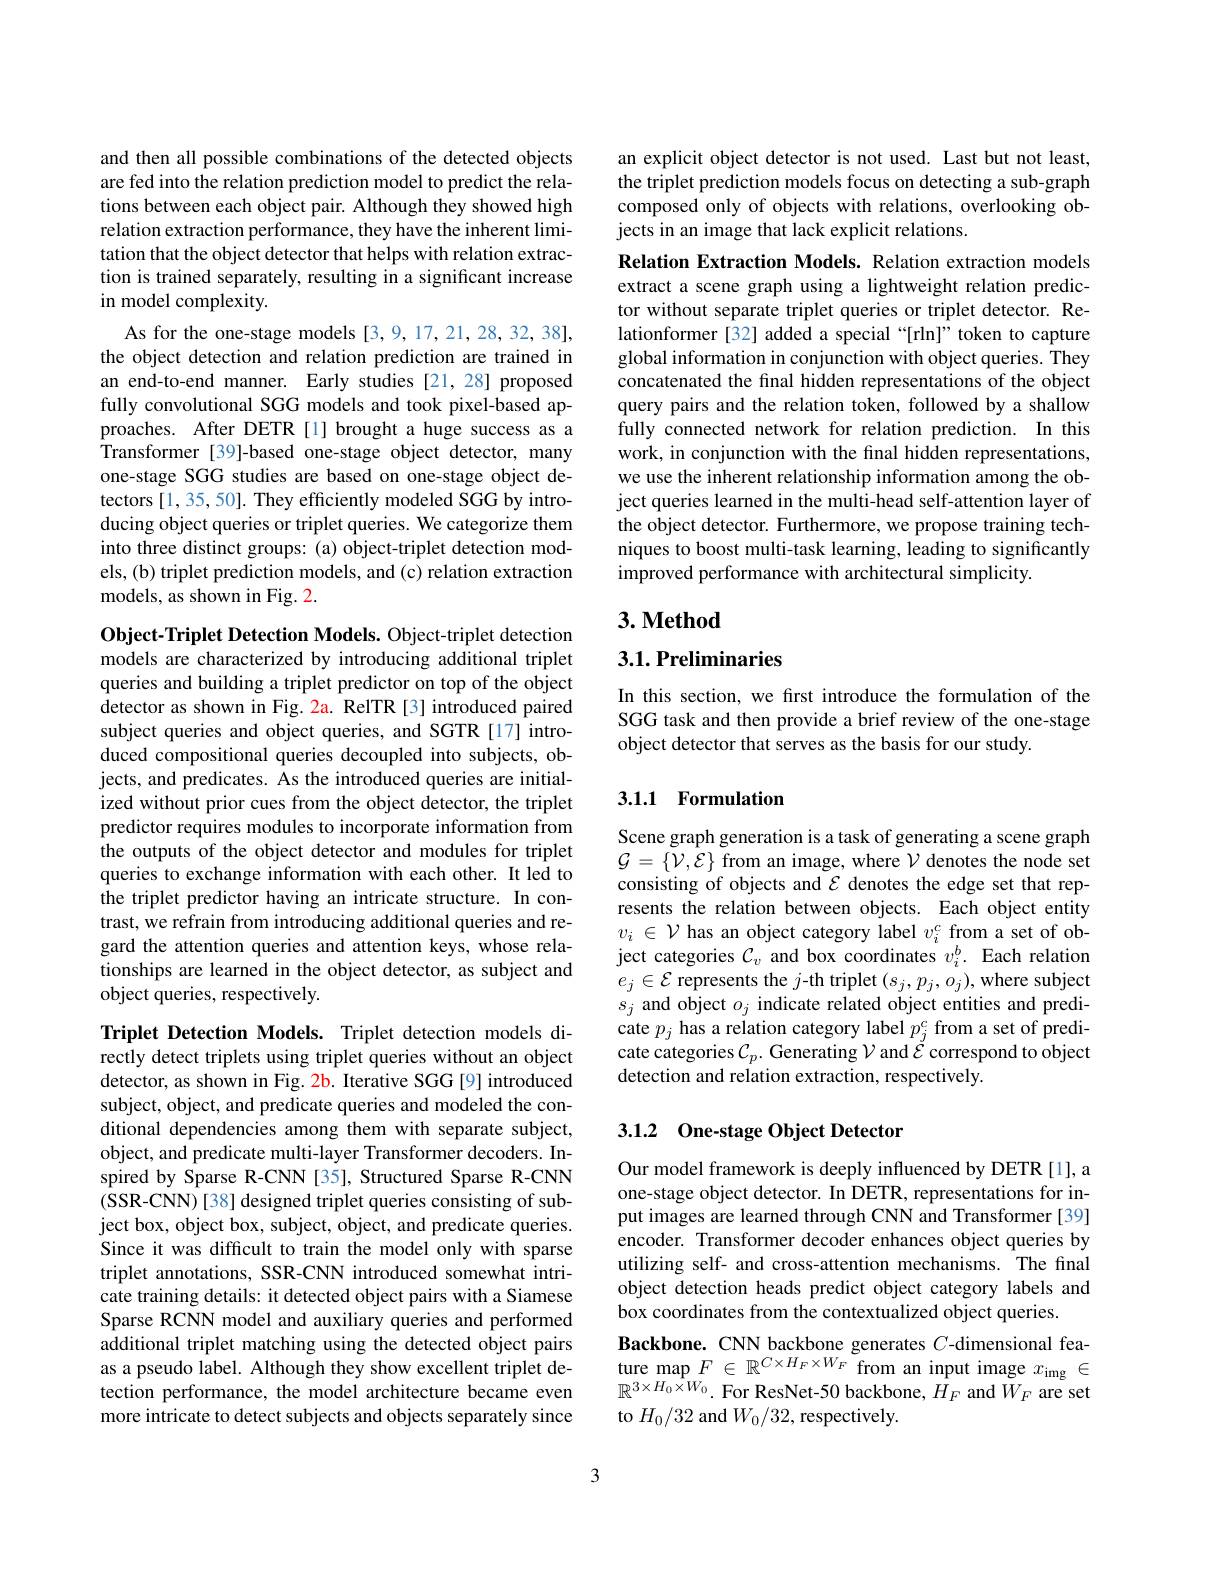
and then all possible combinations of the detected objects are fed into the relation prediction model to predict the relations between each object pair. Although they showed high relation extraction performance, they have the inherent limitation that the object detector that helps with relation extraction is trained separately, resulting in a significant increase in model complexity.
As for the one-stage models [3,9,17,21,28,32,38], the object detection and relation prediction are trained in an end-to-end manner. Early studies [21,28] proposed fully convolutional SGG models and took pixel-based approaches. After DETR [1] brought a huge success as a $\hat{T}$ransformer [ 39] - based one- stage object detector, many one-stage SGG studies are based on one-stage object detectors [1, 35, 50]. They efficiently modeled SGG by introducing object queries or triplet queries. We categorize them into three distinct groups: (a) object-triplet detection models, (b) triplet prediction models, and (c) relation extraction models, as shown in Fig. 2.

Object-Triplet Detection Models. Object-triplet detection models are characterized by introducing additional triplet queries and building a triplet predictor on top of the object detector as shown in Fig. 2a. RelTR[3] introduced paired subject queries and object queries, and SGTR [17] introduced compositional queries decoupled into subjects, objects, and predicates. As the introduced queries are initialized without prior cues from the object detector, the triplet predictor requires modules to incorporate information from the outputs of the object detector and modules for triplet queries to exchange information with each other. It led to the triplet predictor having an intricate structure. In contrast, we refrain from introducing additional queries and regard the attention queries and attention keys, whose relationships are learned in the object detector, as subject and object queries, respectively.

Triplet Detection Models. Triplet detection models directly detect triplets using triplet queries without an object detector, as shown in Fig. 2b. Iterative SGG [9] introduced subject, object, and predicate queries and modeled the conditional dependencies among them with separate subject, object, and predicate multi-layer Transformer decoders. Inspired by Sparse R-CNN [35], Structured Sparse R-CNN (SSR-CNN) [38] designed triplet queries consisting of subject box, object box, subject, object, and predicate queries. Since it was difficult to train the model only with sparse triplet annotations, SSR-CNN introduced somewhat intricate training details: it detected object pairs with a Siamese Sparse RCNN model and auxiliary queries and performed additional triplet matching using the detected object pairs as a pseudo label. Although they show excellent triplet detection performance, the model architecture became even more intricate to detect subjects and objects separately since

an explicit object detector is not used. Last but not least, the triplet prediction models focus on detecting a sub-graph composed only of objects with relations, overlooking objects in an image that lack explicit relations.

Relation Extraction Models. Relation extraction models extract a scene graph using a lightweight relation predictor without separate triplet queries or triplet detector. Relationformer [32] added a special “[rln]”token to capture global information in conjunction with object queries. They concatenated the final hidden representations of the object query pairs and the relation token, followed by a shallow fully connected network for relation prediction. In this work, in conjunction with the final hidden representations, we use the inherent relationship information among the object queries learned in the multi-head self-attention layer of the object detector. Furthermore, we propose training techniques to boost multi-task learning, leading to significantly improved performance with architectural simplicity.

## $3. \textbf{Method}$

3.1. Preliminaries

In this section, we first introduce the formulation of the SGG task and then provide a brief review of the one-stage object detector that serves as the basis for our study.

## 3.1.1 Formulation

Scene graph generation is a task of generating a scene graph $\mathcal{G}=\{\tilde{\mathcal{V}},\tilde{\mathcal{E}}\}$ from an image, where $\mathcal{V}$ denotes the node set consisting of objects and $\mathcal{E}$ denotes the edge set that represents the relation between objects. Each object entity $v_i\in\mathcal{V}$ has an object category label $v_i^c$ from a set of object categories $\mathcal{C}_v$ and box coordinates $v_i^b.$ Each relation $e_j\in\mathcal{E}$ represents the $j$-th triplet$(s_j,p_j,o_j)$,where subject $s_{j}$ and object $o_j$ indicate related object entities and predicate $p_j$ has a relation category label $p_j^c$ from a set of predicate categories $\mathcal{C}_p.$ Generating $\mathcal{V}$ and $\mathcal{E}$ correspond to object detection and relation extraction, respectively.

## 3.1.2 One-stage Object Detector

Our model framework is deeply influenced by DETR [1], a one-stage object detector. In DETR, representations for input images are learned through CNN and Transformer [39] encoder. Transformer decoder enhances object queries by utilizing self- and cross-attention mechanisms. The final object detection heads predict object category labels and box coordinates from the contextualized object queries.
Backbone. CNN backbone generates $C$-dimensional fea- $\begin{array}{l}\text{ture map}F\in\mathbb{R}^{C\times H_{F}\times W_{F}}\text{from an input image }x_{\mathrm{img}}\in\\\mathbb{R}^{3\times H_{0}\times W_{0}}.\text{For ResNet-50 backbone,}H_{F}\text{ and }W_{F}\text{ are set}\end{array}$ to $H_0/32$ and $W_0/32$, respectively.

3